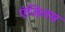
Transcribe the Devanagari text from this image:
एंजिलस